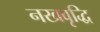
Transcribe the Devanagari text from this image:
नखवृद्धि